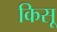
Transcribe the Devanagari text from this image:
किसू